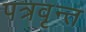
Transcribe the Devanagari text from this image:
पत्रवृन्त